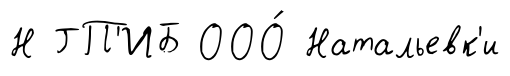
Н ГП'ИБ ООО́ Натальевк'и